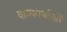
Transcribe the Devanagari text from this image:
वाक्स्पर्धाओं